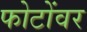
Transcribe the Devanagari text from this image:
फोटोंवर